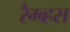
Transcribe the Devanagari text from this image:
रैम्ब्हस